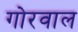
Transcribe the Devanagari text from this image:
गोरवाल